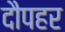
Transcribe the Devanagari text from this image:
दौपहर